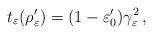
LaTeX: \begin{align*}t_\varepsilon(\rho_\varepsilon')=(1-\varepsilon_0')\gamma_\varepsilon^2\,,\end{align*}